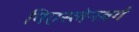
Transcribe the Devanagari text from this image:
गिएस्लेनबर्ग